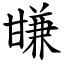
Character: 㽐